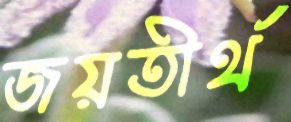
জয়তীর্থ